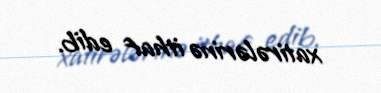
xatirələrinə ithaf edib.